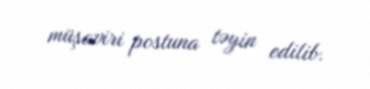
müşaviri postuna təyin edilib.